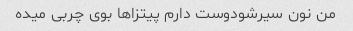
من نون سیرشودوست دارم پیتزاها بوی چربی میده